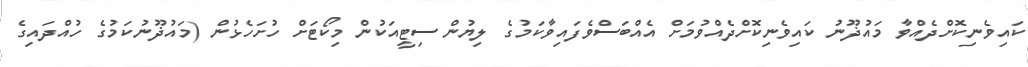
ކައިވެނިކޮށްދެއްވާ މައުޛޫނު ކައިވެނިކޮށްދެއްވުމަށް އެއްބަސްވެފައިވާކަމުގެ ލިޔުން ސިޓީއަކުން މިކޯޓަށް ހުށަހެޅުން (މައުޛޫނުކަމުގެ ހުއްދައިގެ